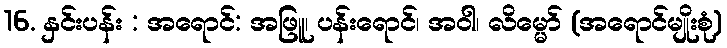
16. နှင်းပန်း : အရောင်: အဖြူ၊ ပန်းရောင်၊ အဝါ၊ လိမ္မော် (အရောင်မျိုးစုံ)